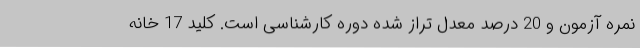
نمره آزمون و 20 درصد معدل تراز شده دوره کارشناسی است. کلید 17 خانه